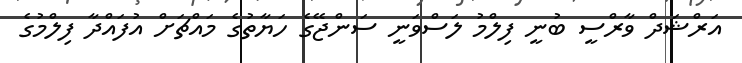
އަރްޝަދް ވާރްސީ ބުނީ ފިލްމު ލަސްވަނީ ސަންޖޭގެ ހަޔާތުގެ މައްޗަށް އުފައްދާ ފިލްމުގެ